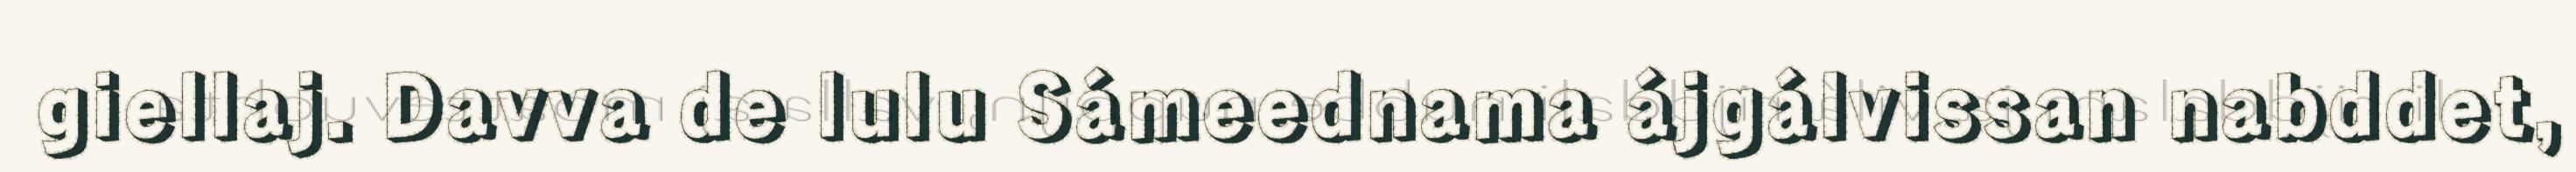
giellaj. Davva de lulu Sámeednama ájgálvissan nabddet,